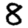
Digit: 8